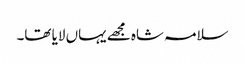
سلامہ شاہ مجھے یہاں لایا تھا۔